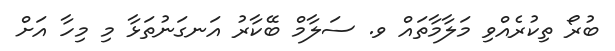
ބުރޯ ތިކުރެއްވި މަލާމާތައް ވ. ސަލާމް ބޭކާރު އަނގަނުތަޅާ މި މިހާ އަށް